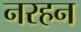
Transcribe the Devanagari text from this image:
नरहन